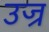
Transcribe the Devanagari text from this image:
उज्र